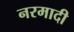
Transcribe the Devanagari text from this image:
नरमादी